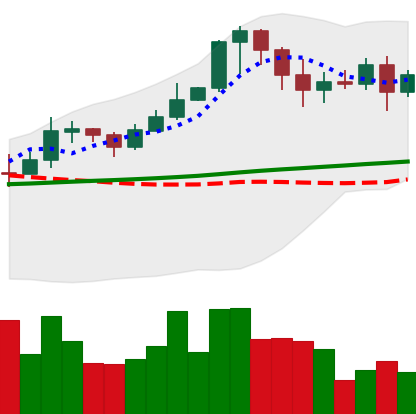
Ticker: XRP-USD
Chart end date: 2021-02-21
Forward return: -21.996%
Label: down_7plus